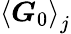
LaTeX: \left\langle\boldsymbol{G}_{0}\right\rangle_{j}